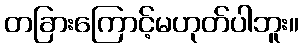
တခြားကြောင့်မဟုတ်ပါဘူး။